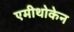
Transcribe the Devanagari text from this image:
एमीथोकेन